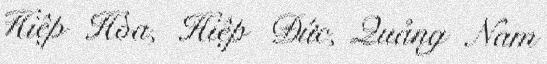
Hiệp Hòa, Hiệp Đức, Quảng Nam